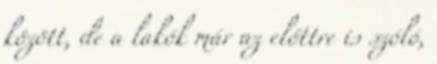
között, de a lakók már az előttre is szóló,